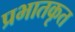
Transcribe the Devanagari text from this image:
प्रभातकृत